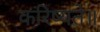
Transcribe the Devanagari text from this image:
करिष्यते॥